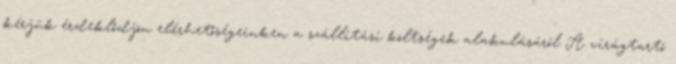
kérjük érdeklődjön elérhetőségeinken a szállítási költségek alakulásáról A virágtartó